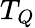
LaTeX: T_{Q}